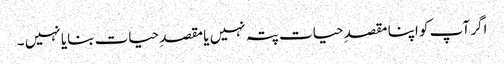
اگر آپ کو اپنا مقصدِ حیات پتہ نہیں یا مقصدِ حیات بنایا نہیں ۔